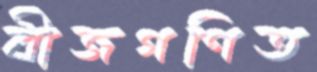
বীজগণিত